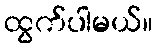
ထွက်ပါမယ်။